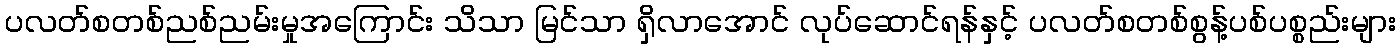
ပလတ်စတစ်ညစ်ညမ်းမှုအကြောင်း သိသာ မြင်သာ ရှိလာအောင် လုပ်ဆောင်ရန်နှင့် ပလတ်စတစ်စွန့်ပစ်ပစ္စည်းများ